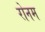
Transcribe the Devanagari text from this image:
रोनम